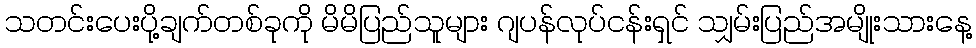
သတင်းပေးပို့ချက်တစ်ခုကို မိမိပြည်သူများ ဂျပန်လုပ်ငန်းရှင် သျှမ်းပြည်အမျိုးသားနေ့